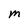
Character: M